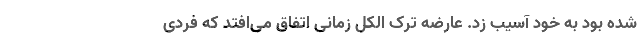
شده بود به خود آسیب زد. عارضه ترک الکل زمانی اتفاق می‌افتد که فردی